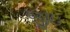
જીઇ